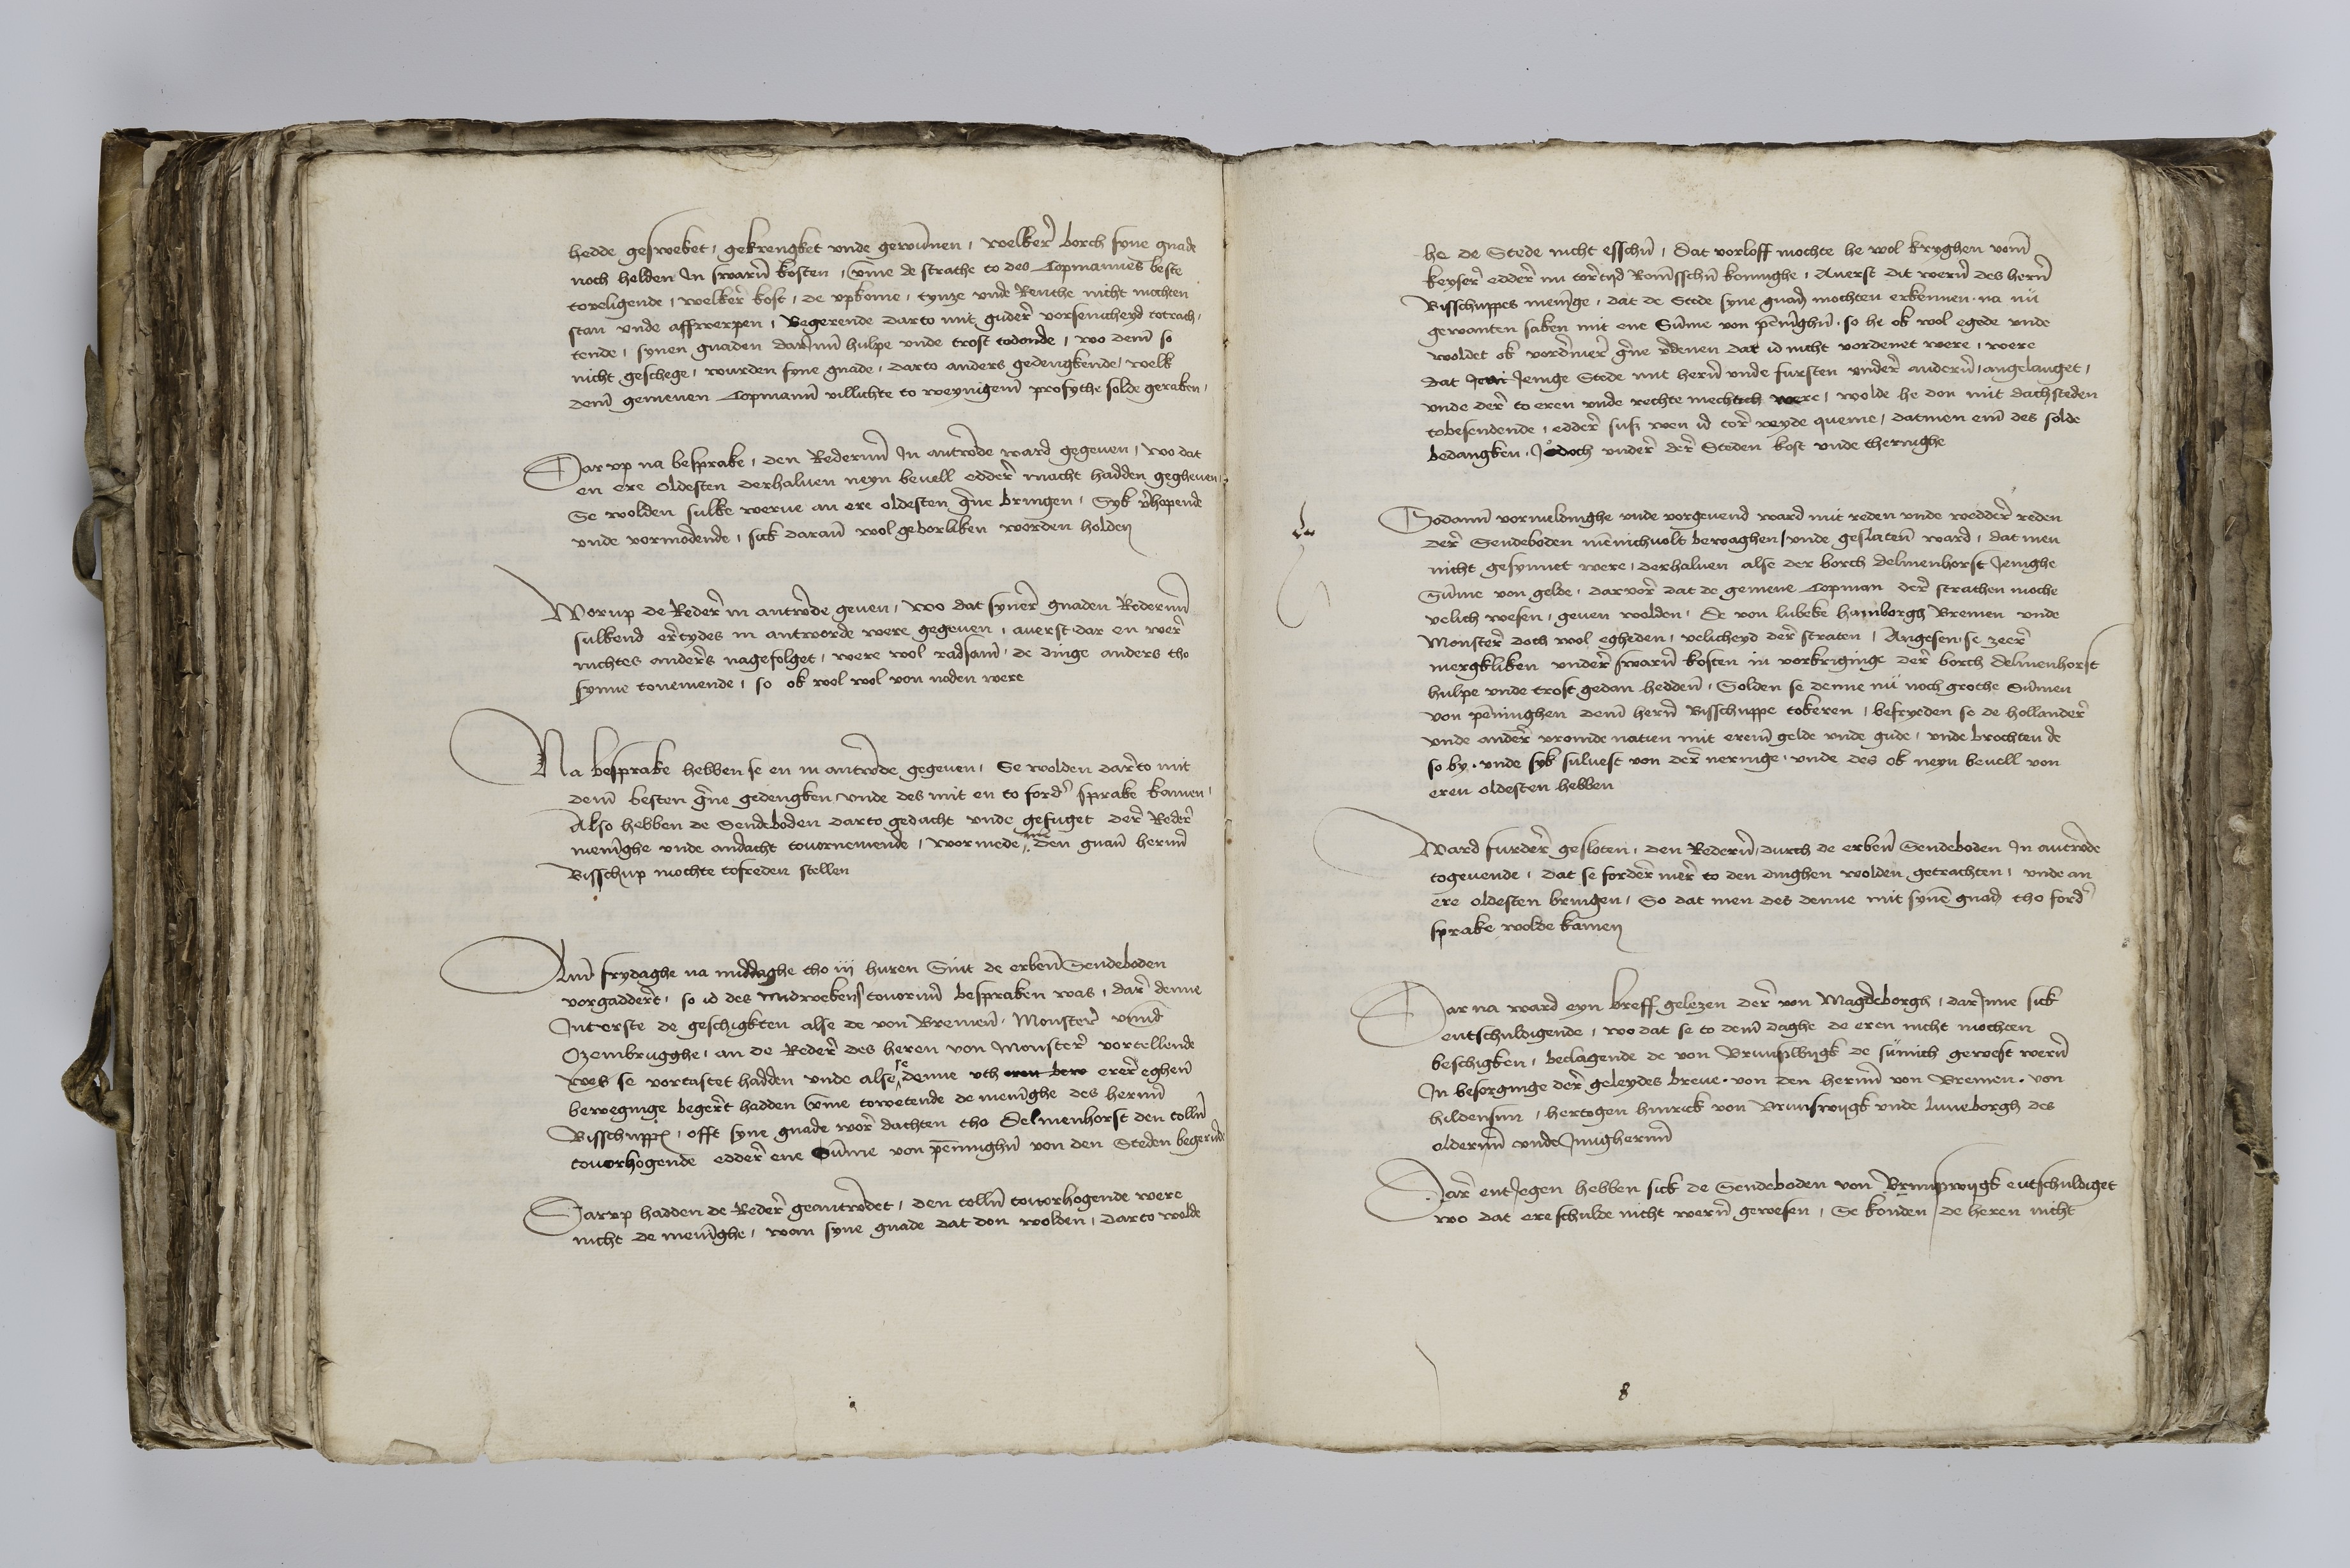
hedden gesweket, gekrengket vnde gewunnen, welkere borch syne gnade
noch helden Jn swaren kosten, vmme de strathe to des Copmannes beste
toveligende, welkere kost, de vpkome, tynze vnde Renthe nicht mochten
stan vnde affwerpen, Begerende darto mit gudere vorsenicheyd totrach¬
tende, synen gnaden darJnne hulpe vnde trost todonde, wo deme so
nicht geschege, wurden syne gnade, darto anders gedengkende, welk
deme gemenen Copmanne villichte to weynigeme profythe solde geraken

Dar vp na besprake, den Rederenn Jn antworde ward gegeuen, wo dat
en ere oldesten derhaluen neyn beuell eddere macht hadden gegheuen
Se wolden sulke werue an ere oldesten gerne bringen, Syk verhopende
vnde vormodende, sick darane wol geborliken worden holden

Worup de Redere in antworde geuen, wo dat synere gnaden Rederenn
sulkend eretydes in antworde were gegeuen, auerst dar en were
nichtes anderes nagefolget, were wol radsame de denge anders tho
synne tonemende, so ok wol wol von noden were

Na Besprake hebben se en in antworde gegeuen, Se wolden dareto mit
deme besten gerne gedengken vnde des mit en to forder sprake kamen
Also hebben de Sendeboden darto gedacht vnde gefuget dere Redere
meninghe vnde andacht touornemende, wormede, me den gnanten herenn
Bisschup mochte tosteden stellen

Ame frydaghe na middaghe tho iij huren Sint de erbenomeden Sendeboden
vorgadderet, so id des Midwekens, touorenn bespraken was, dare denne
Jnt erste de geschigkten alse de von Bremene, Monstere vnnde
Ozembrugghe, an de Redere des heren von Monstere vortellende
se
wes se vortastet hadden vnde alse ^ denne vth eren dere erere eghenen
beweginge begeret hadden vmme towetende de meninghe des herenn
Bisschuppes, offt syne gnade wore dachten tho Delmenhorst den tollen
touorhogende eddere ene Summe vor penninghen van den Steden begerende

Darvp hadden de Redere geantwordet, den tollen touorhogende were
nicht de meninghe, wan syne gnade dat don wolden, darto welde

he de Stede nicht esschen, dat vorloff mochte he wol kryghen vome
keysere eddere nu toretyd Romisschen koninghe, Auerst dit weren des heren
Bisschuppes meninge, dat de Stede syne gnaden mochten erkennen na nu
gewanten saken mit ene Summe von penninghen so he ok wol egede vnde
woldet ok vordermere gerne vordenen dat id nicht vordenet were, were
dat hear Jenige Stede mit heren vnde fursten vndere anderen, angelanget,
vnde dere to eren vnde rechte mechtich were, wolde he don mit dachsteden
tobesendende, eddere sus wen id tore veyde queme, datmen eme des solde
bedangken, Jodoch vndere dere Steden kost vnde thernighe

Sodanne vormeldinghe vnde vorgeuend ward mit reden vnde weddere reden
dere Sendeboden mennichuolt bewaghen, vnde geslatene ward, dat men
nicht gesynnet were, derhaluen alse der borch Delmenhorst Jenighe
Summe von gelde dar vore dat de gemene Copman dere strathen moche
velich wesen, geuen wolden de von Lubeke Hamborgh Bremen vnde
Monstere doch wol egheden, velicheyd dere straten, Angesen, se zeere
mergkliken vndere swaren kosten nn vorkriginge dere borch Delmenhorst
hulpe vnde trost gedan heddene, Solden se denne nu noch grothe Summen
von penninghen deme heren Bisschuppe tokeren, befryeden se de Hollandere
vnde andere vromde natien mit ereme gelde vnde gude, vnde brochten de
so by vnde syk suluest von dere nerringe vnde des ok neyn beuell von
eren oldesten hebben

Ward furdere gesloten, den Rederen durch de erbenomeden Sendeboden Jn antwerde
togeuende, dae se fordere mere to den dinghen wolden getrachten, vnde an
ere oldesten bringen, So dat men des denne mit synen gnaden tho fordere
sprake wolde kamen

Dar na ward eyn breff gelezen dere van Magdeborgh, darJnne sick
entschuldigende, wo dat se to deme daghe de eren nicht mochten
beschigken, beclagende de von Brunswygk de sumich gewest weren
Jn besorginge dere geleydes breue von den herenn von Bremen von
Hildensim, hertogen Hinrick von Brunswigk vnde Luneborgh des
oderenn vnde Jmigherenn

Dare entJegen hebben sick de Sendeboden von Brunswygk entschuldiget
wo dat ere schulde nicht weren geroesen, Se konden, de heren nicht